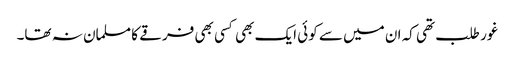
غور طلب تھی کہ ان میں سے کوئی ایک بھی کسی بھی فرقے کا مسلمان نہ تھا۔